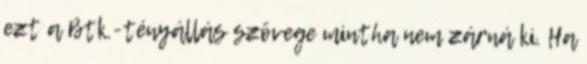
ezt a Btk.-tényállás szövege mintha nem zárná ki. Ha